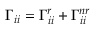
\Gamma _ { i i } = \Gamma _ { i i } ^ { r } + \Gamma _ { i i } ^ { n r }